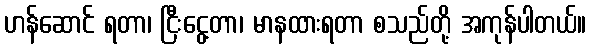
ဟန်ဆောင် ရတာ၊ ငြီးငွေ့တာ၊ မာနထားရတာ စသည်တို့ အကုန်ပါတယ်။